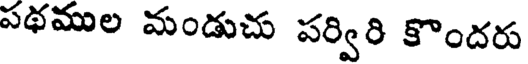
పథముల మండుచు పర్విరి కొందరు